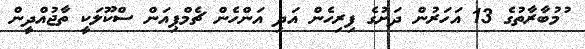
ުމުބާރާތުގެ 13 އަހަރުން ދަށުގެ ފިރިހެން އަދި އަންހެން ޗެމްޕިއަން ސްކޫލަކީ ތާޖުއްދީން